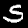
Label: 5